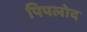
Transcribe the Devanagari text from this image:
पिपलोद